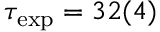
\tau _ { \mathrm { { e x p } } } = 3 2 ( 4 )